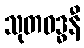
သုတဝဒ္ဓနီ